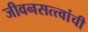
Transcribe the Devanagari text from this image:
जीवनसत्त्वांची